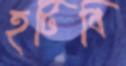
হটিবি